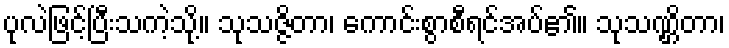
ပုလဲဖြင့်ပြီးသကဲ့သို့။ သုသဇ္ဇိတာ၊ ကောင်းစွာစီရင်အပ်၏။ သုသဏ္ဌိတာ၊